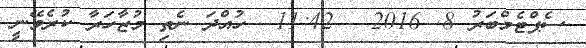
ސެޕްޓެމްބަރު 8